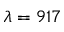
\lambda = 9 1 7